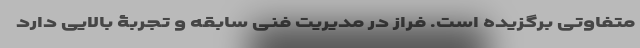
متفاوتی برگزیده است. فراز در مدیریت فنی سابقه و تجربۀ بالایی دارد